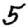
Digit: 5